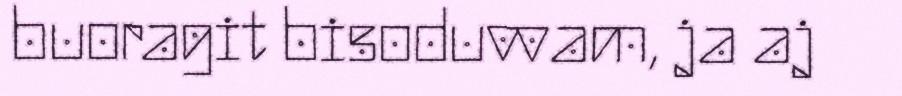
buoragit bisoduvvam, ja aj